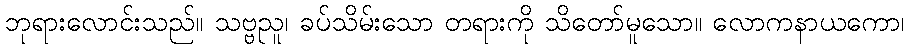
ဘုရားလောင်းသည်။ သဗ္ဗညူ၊ ခပ်သိမ်းသော တရားကို သိတော်မူသော။ လောကနာယကော၊